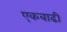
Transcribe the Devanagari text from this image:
एकवाढी